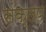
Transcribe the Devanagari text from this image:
संक्लप